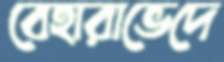
বেহারাভেদে